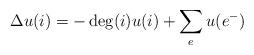
LaTeX: \begin{align*} \Delta u(i) = - \deg(i) u(i) + \sum_e u(e^-) \end{align*}